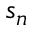
s _ { n }